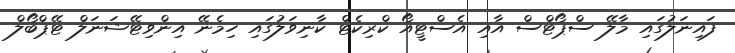
ފައިނަލުގައި މާލޭ ސްޕޯޓްސް އާއި އެސްޓީއޯ ކްރިކެޓް ކާނިވަލުގައި ހިމެނޭ އިންވިޓޭޝަނަލް ޓޭޕްބޯލް